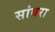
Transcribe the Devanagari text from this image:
सांबरा